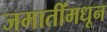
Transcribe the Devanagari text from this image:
जमातींमधून